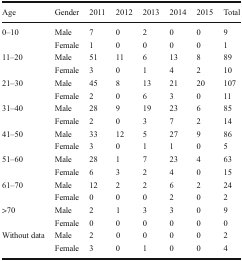
| Age | Gender | 2011 | 2012 | 2013 | 2014 | 2015 | Total |
 | --- | --- | --- | --- | --- | --- | --- | --- |
 | <ROWSPAN=2> 0–10 | Male | 7 | 0 | 2 | 0 | 0 | 9 |
 | Female | 1 | 0 | 0 | 0 | 0 | 1 |
 | <ROWSPAN=2> 11–20 | Male | 51 | 11 | 6 | 13 | 8 | 89 |
 | Female | 3 | 0 | 1 | 4 | 2 | 10 |
 | <ROWSPAN=2> 21–30 | Male | 45 | 8 | 13 | 21 | 20 | 107 |
 | Female | 2 | 0 | 6 | 3 | 0 | 11 |
 | <ROWSPAN=2> 31–40 | Male | 28 | 9 | 19 | 23 | 6 | 85 |
 | Female | 2 | 0 | 3 | 7 | 2 | 14 |
 | <ROWSPAN=2> 41–50 | Male | 33 | 12 | 5 | 27 | 9 | 86 |
 | Female | 3 | 0 | 1 | 1 | 0 | 5 |
 | <ROWSPAN=2> 51–60 | Male | 28 | 1 | 7 | 23 | 4 | 63 |
 | Female | 6 | 3 | 2 | 4 | 0 | 15 |
 | <ROWSPAN=2> 61–70 | Male | 12 | 2 | 2 | 6 | 2 | 24 |
 | Female | 0 | 0 | 0 | 2 | 0 | 2 |
 | <ROWSPAN=2> >70 | Male | 2 | 1 | 3 | 3 | 0 | 9 |
 | Female | 0 | 0 | 0 | 0 | 0 | 0 |
 | <ROWSPAN=2> Without data | Male | 2 | 0 | 0 | 0 | 0 | 2 |
 | Female | 3 | 0 | 1 | 0 | 0 | 4 |